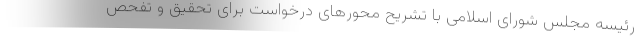
رئیسه مجلس شورای اسلامی با تشریح محورهای درخواست برای تحقیق و تفحص